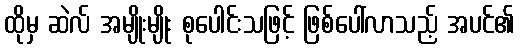
ထိုမှ ဆဲလ် အမျိုးမျိုး စုပေါင်းသဖြင့် ဖြစ်ပေါ်လာသည့် အပင်၏